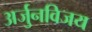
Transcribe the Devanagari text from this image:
अर्जुनविजय